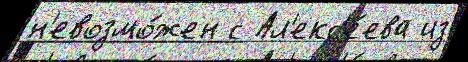
н'евозмо́жен с Ал'екс'е́ева из